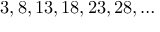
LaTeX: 3 , 8 , 1 3 , 1 8 , 2 3 , 2 8 , \ldots